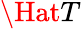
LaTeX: \Hat{T}